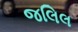
જલિલ